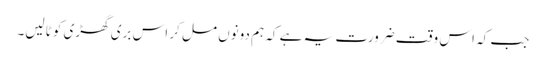
جب کہ اس وقت ضرورت یہ ہے کہ ہم دونوں مل کر اس بری گھڑی کو ٹالیں۔